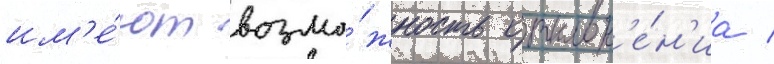
им'е́ют возмо́жность отклон'е́н'иа /